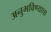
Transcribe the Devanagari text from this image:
अनुभविण्याचा